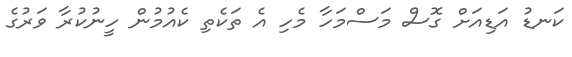
ކަނޑު އަޑިއަށް ގޮސް މަސްމަހާ މެހި އެ ތަކެތި ކެެެއުމުން ހީނުކުރާ ވަރުގެ